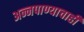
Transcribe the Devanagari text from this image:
अन्नपाण्याचाही